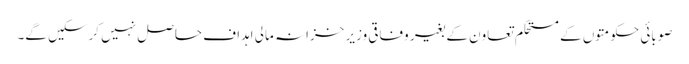
صوبائی حکومتوں کے مستحکم تعاون کے بغیر وفاقی وزیر خزانہ مالی اہداف حاصل نہیں کرسکیں گے۔